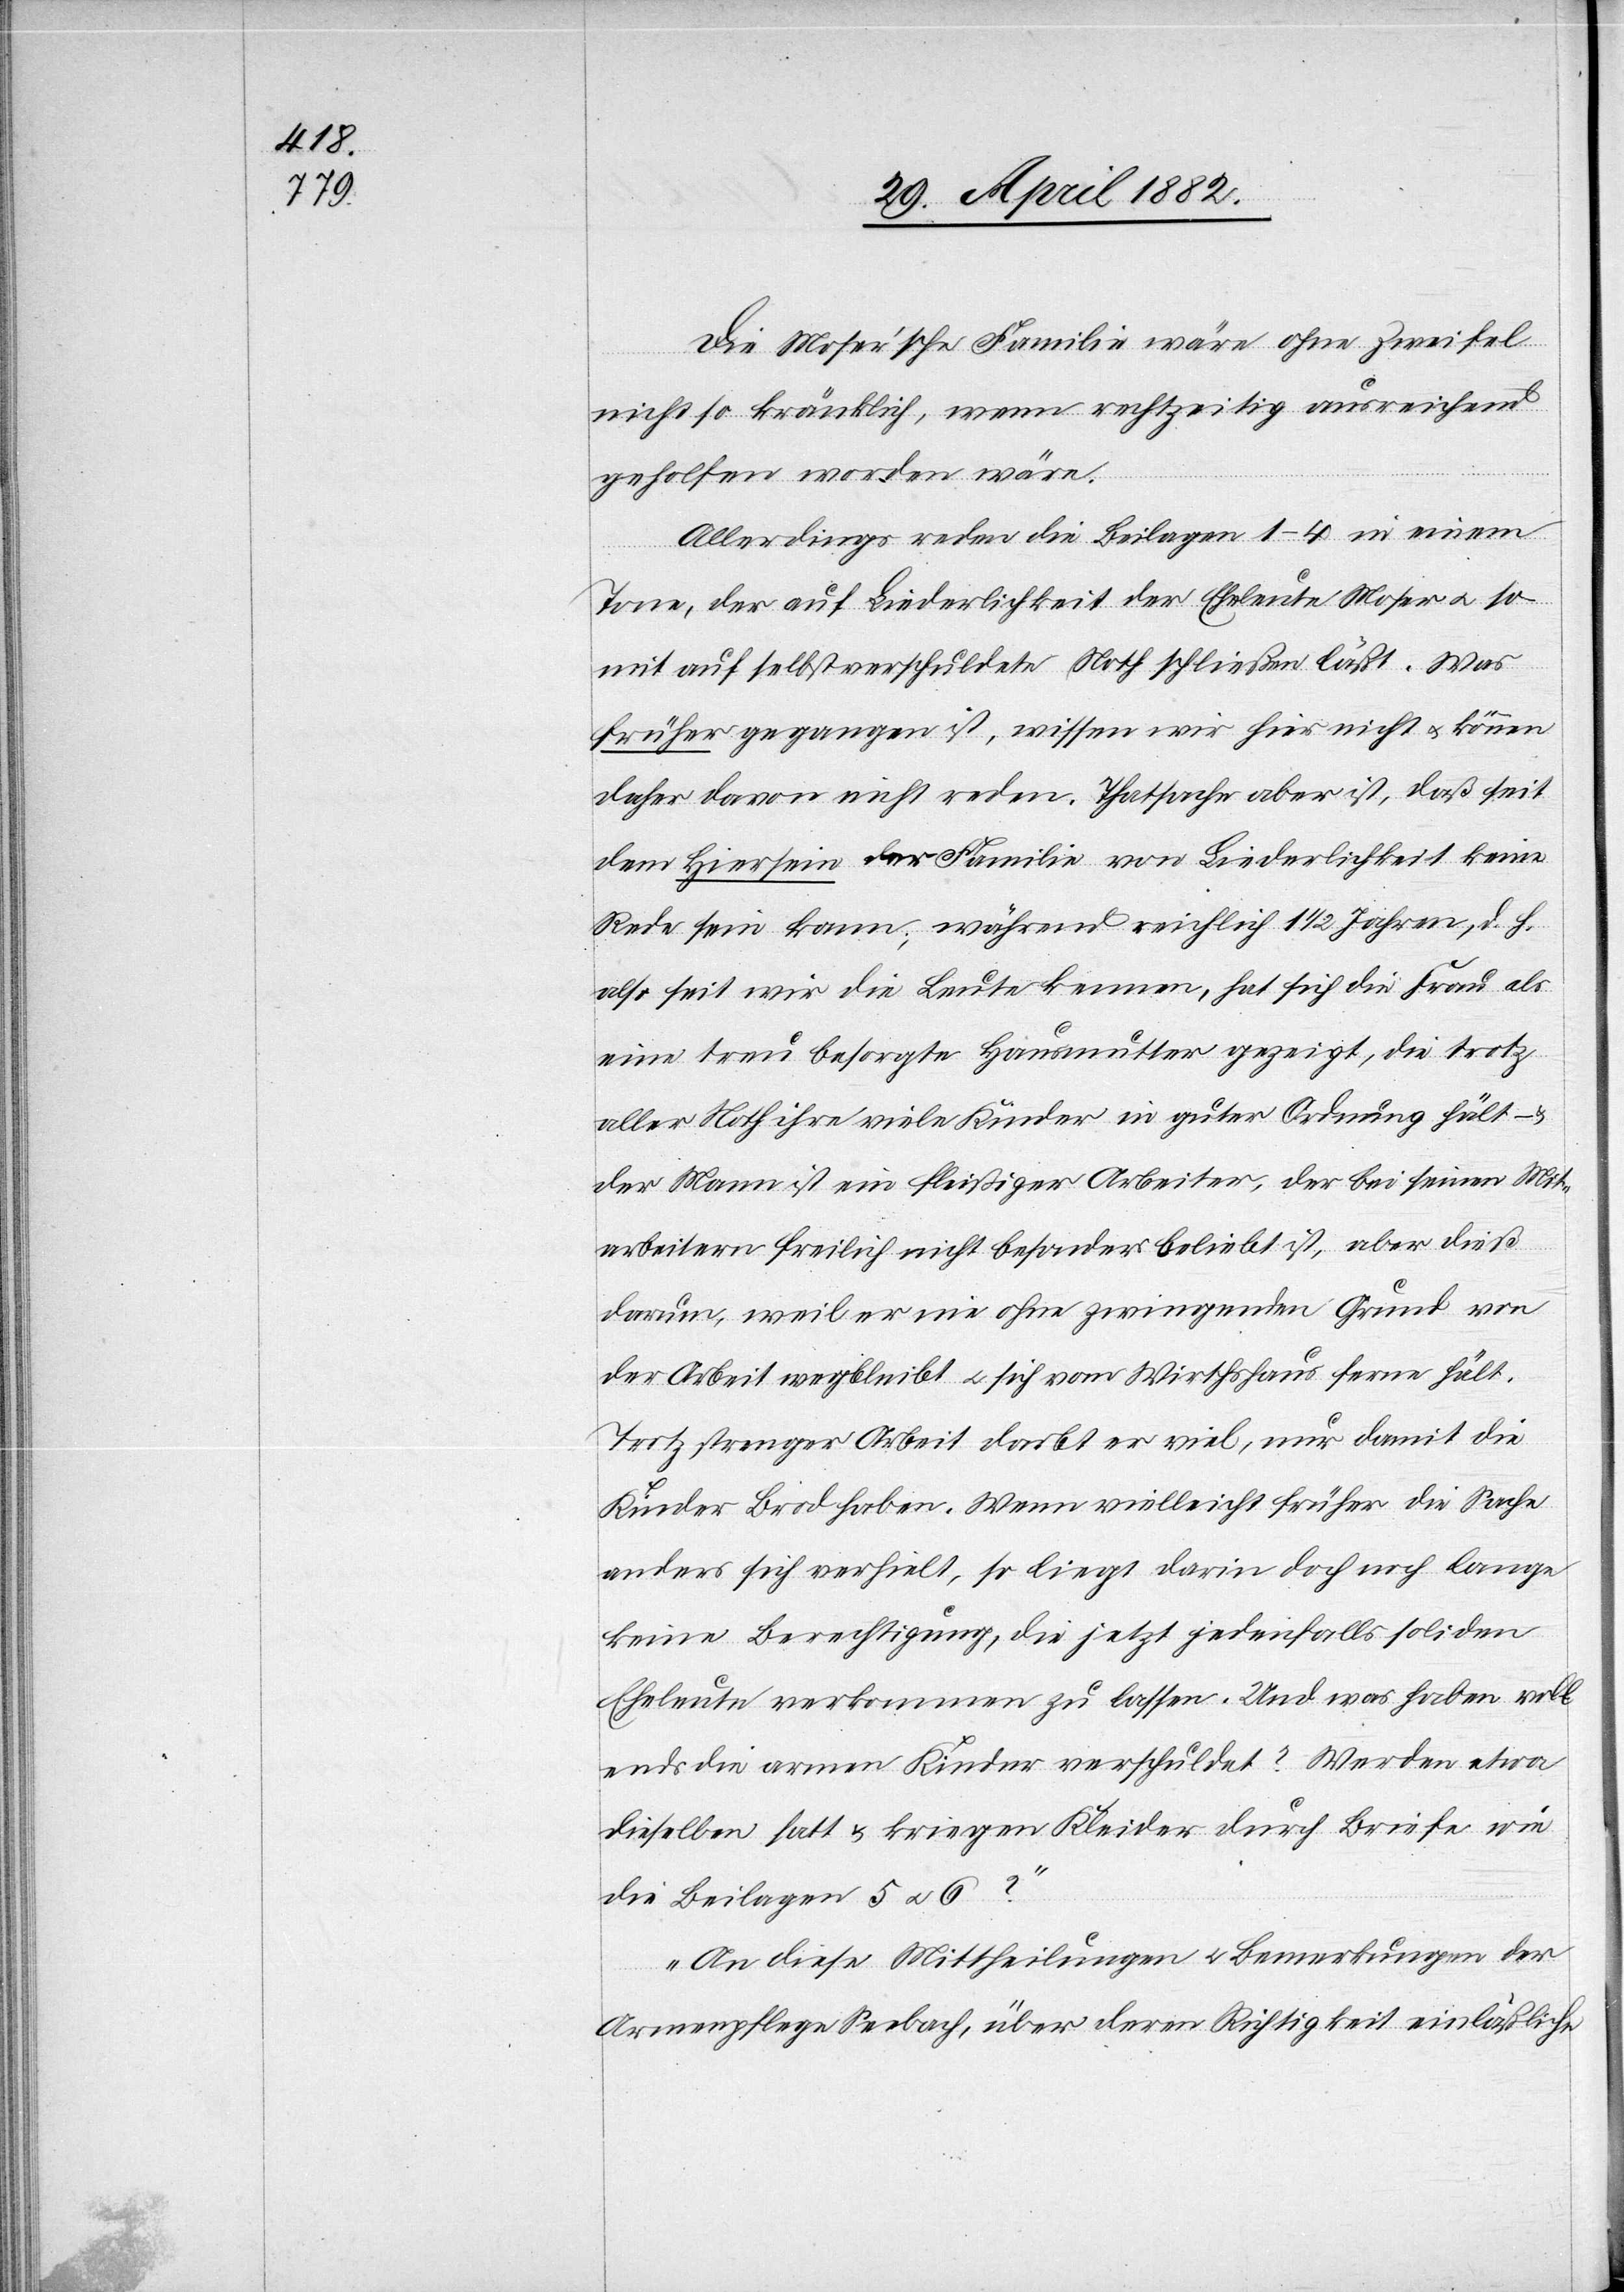
Die Moser’sche Familie wäre ohne Zweifel
nicht so kränklich, wenn rechtzeitig ausreichend
geholfen worden wäre.
Allerdings reden die Beilagen 1–4 in einem
Tone, der auf Liederlichkeit der Eheleute Moser u. so¬
mit auf selbstverschuldete Noth schließen läßt. Was
früher gegangen ist, wissen wir hier nicht u. können
daher davon nicht reden. Thatsache aber ist, daß seit
dem Hiersein der Familie von Liederlichkeit keine
Rede sein kann; während reichlich 1 1/2 Jahren, d. h.
also seit wir die Leute kennen, hat sich die Frau als
eine treu besorgte Hausmutter gezeigt, die trotz
aller Noth ihre vielen Kinder in guter Ordnung hält –
der Mann ist ein fleißiger Arbeiter, der bei seinen Mit¬
arbeitern freilich nicht besonders beliebt ist, aber dieß
darum, weil er nie ohne zwingenden Grund von
der Arbeit fernhält u. sich vom Wirthshaus ferne hält.
Trotz strenger Arbeit darbt er viel, nur damit die
Kinder Brod haben. Wenn vielleicht früher die Sache
anders sich verhielt, so liegt darin doch noch lange
keine Berechtigung, die jetzt jedenfalls soliden
Eheleute verkommen zu lassen. Und was haben voll¬
ends die armen Kinder verschuldet? Werden etwa
dieselben satt & kriegen Kleider durch Briefe wie
die Beilagen 5 & 6?“
„An diese Mittheilungen & Bemerkungen der
Armenpflege Seebach, über deren Richtigkeit einläßliche